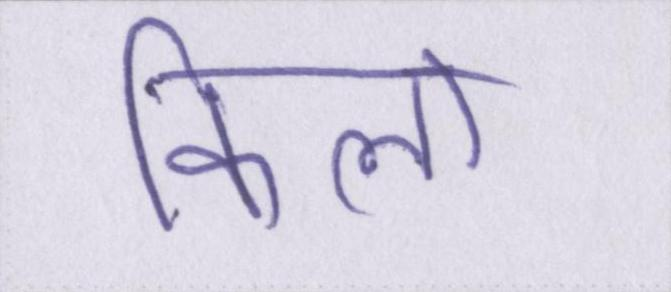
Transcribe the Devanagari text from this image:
किलो